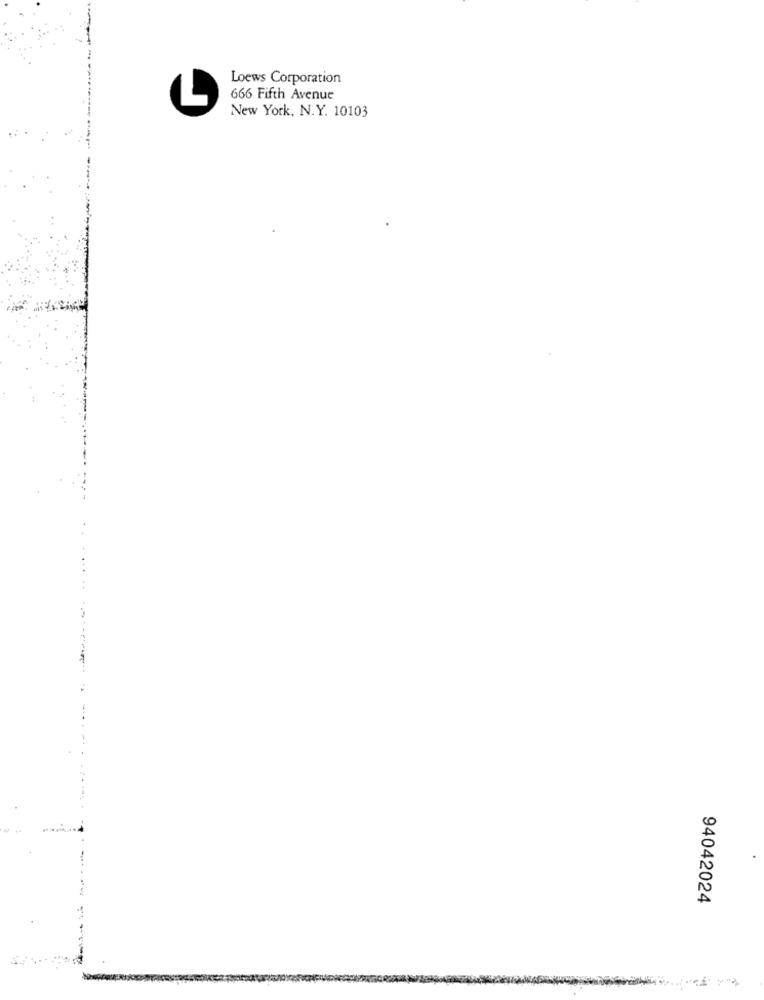
Loews Corporation
666 Fifth Avenue
L
New York, N.Y. 10103
94042024